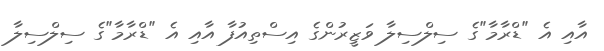
އާއި އެ "ޑްރާމާ"ގެ ސިލްސިލާ ވަޒީރުންގެ އިސްތިއުފާ އާއި އެ "ޑްރާމާ"ގެ ސިލްސިލާ